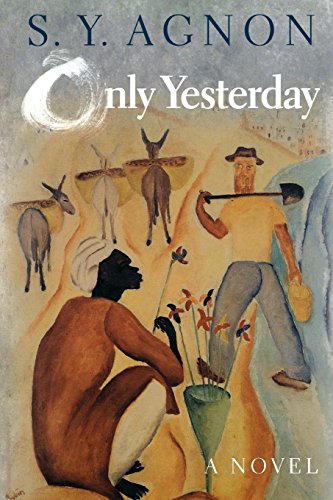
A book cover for Only Yesterday; S. Y. Agnon; Literature & Fiction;